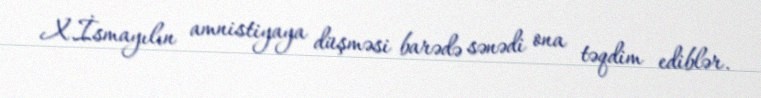
X.İsmayılın amnistiyaya düşməsi barədə sənədi ona təqdim ediblər.